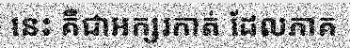
នេះ គឺជាអក្សរកាត់ ដែលភាគ